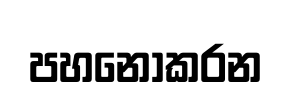
පහනොකරන